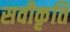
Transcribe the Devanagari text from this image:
सवीकृति